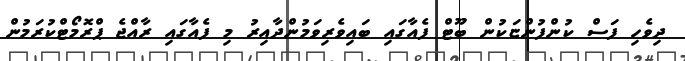
ދިވެހި ފަސް ކުންފުންޏަކުން ބޫޓް ފެއާގައި ބައިވެރިވަމުންދާއިރު މި ފެއާގައި ރާއްޖެ ޕްރޮމޯޓްކުރަމުން